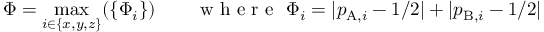
\Phi = \operatorname* { m a x } _ { i \in \{ x , y , z \} } ( \{ \Phi _ { i } \} ) \qquad \mathrm { ~ w ~ h ~ e ~ r ~ e ~ } ~ \Phi _ { i } = | p _ { \mathrm { A } , i } - 1 / 2 | + | p _ { \mathrm { B } , i } - 1 / 2 |